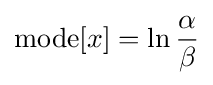
{\text{mode}}[x]=\ln {\frac {\alpha }{\beta }}